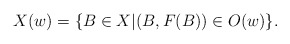
\begin{align*}X(w)=\{B\in X|(B,F(B))\in O(w)\}.\end{align*}